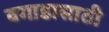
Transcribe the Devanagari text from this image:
बगाडासाठी